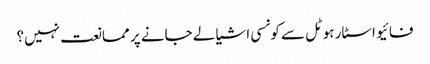
فائیو اسٹار ہوٹل سے کونسی اشیا لے جانے پر ممانعت نہیں؟